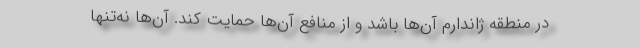
در منطقه ژاندارم آن‌ها باشد و از منافع آن‌ها حمایت کند. آن‌ها نه‌تنها